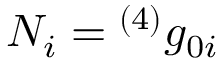
N _ { i } = { ^ { ( 4 ) } g _ { 0 i } }